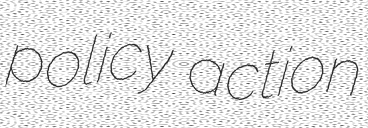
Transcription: policy action